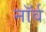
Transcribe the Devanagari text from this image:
नॉर्व